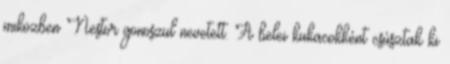
miközben Nestor gonoszul nevetett. A belei kukacokként csúsztak ki